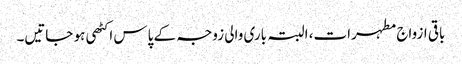
باقی ازواج مطہرات، البتہ باری والی زوجہ کے پاس اکٹھی ہو جاتیں۔